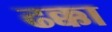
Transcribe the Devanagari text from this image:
ढक्का